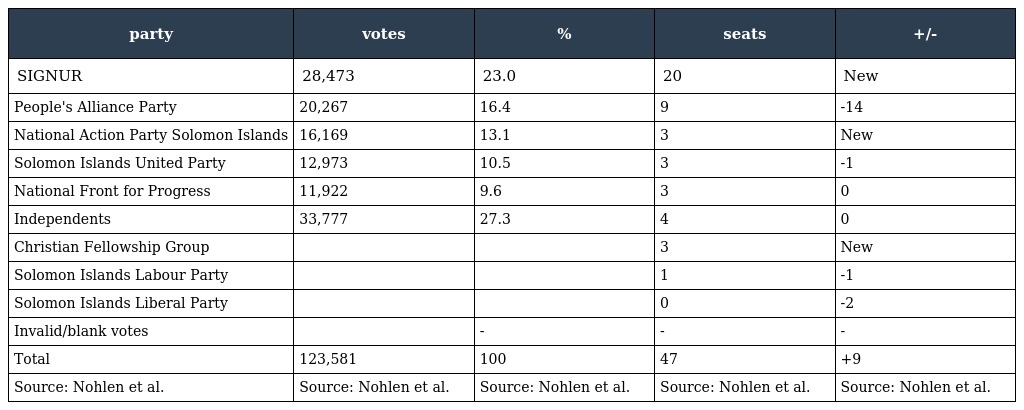
| party | votes | % | seats | +/- |
 | --- | --- | --- | --- | --- |
 | SIGNUR | 28,473 | 23.0 | 20 | New |
 | People's Alliance Party | 20,267 | 16.4 | 9 | -14 |
 | National Action Party Solomon Islands | 16,169 | 13.1 | 3 | New |
 | Solomon Islands United Party | 12,973 | 10.5 | 3 | -1 |
 | National Front for Progress | 11,922 | 9.6 | 3 | 0 |
 | Independents | 33,777 | 27.3 | 4 | 0 |
 | Christian Fellowship Group |  |  | 3 | New |
 | Solomon Islands Labour Party |  |  | 1 | -1 |
 | Solomon Islands Liberal Party |  |  | 0 | -2 |
 | Invalid/blank votes |  | - | - | - |
 | Total | 123,581 | 100 | 47 | +9 |
 | Source: Nohlen et al. | Source: Nohlen et al. | Source: Nohlen et al. | Source: Nohlen et al. | Source: Nohlen et al. |